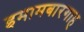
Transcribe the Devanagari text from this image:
इमामबारगाह